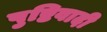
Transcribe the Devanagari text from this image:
पुष्टिवादी